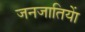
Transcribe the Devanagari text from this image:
जनजातियाें